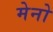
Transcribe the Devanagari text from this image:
मेनो